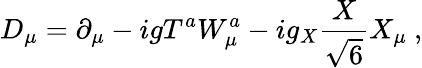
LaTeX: D_{\mu}=\partial_{\mu}-igT^{a}W_{\mu}^{a}-ig_{X}{\frac{X}{\sqrt{6}}}X_{\mu}\ ,